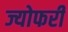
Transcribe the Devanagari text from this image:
ज्योफरी